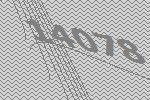
14078